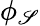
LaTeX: \phi_{\mathscr{S}}